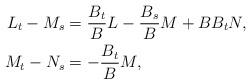
LaTeX: \begin{align*}L_t-M_s&=\frac{B_t}{B}L-\frac{B_s}{B}M+BB_tN,\\M_t-N_s&=-\frac{B_t}{B}M,\end{align*}